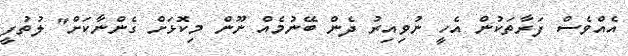
އެއްވެސް ފަރާތަކުން އެހީ ނުވިއިރު ދެން ބޭނުމެއް ނޫން މިކޮޅަށް ގެންނާކަށް" ލުތުފީ